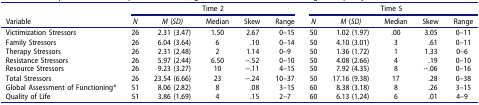
|  | <COLSPAN=5> Time 2 | <COLSPAN=5> Time 5 |
 | Variable | N | M (SD) | Median | Skew | Range | N | M (SD) | Median | Skew | Range |
 | --- | --- | --- | --- | --- | --- | --- | --- | --- | --- | --- |
 | Victimization Stressors | 26 | 2.31 (3.47) | 1.50 | 2.67 | 0–15 | 50 | 1.02 (1.97) | .00 | 3.05 | 0–11 |
 | Family Stressors | 26 | 6.04 (3.64) | 6 | .10 | 0–14 | 50 | 4.10 (3.01) | 3 | .61 | 0–11 |
 | Therapy Stressors | 26 | 2.31 (2.48) | 2 | 1.14 | 0–9 | 50 | 1.36 (1.72) | 1 | 1.33 | 0–6 |
 | Resistance Stressors | 26 | 5.97 (2.44) | 6.50 | −.52 | 0–10 | 50 | 4.08 (2.66) | 4 | .19 | 0–10 |
 | Resource Stressors | 26 | 9.23 (3.27) | 10 | −.11 | 4–15 | 50 | 7.92 (4.35) | 8 | −.06 | 0–16 |
 | Total Stressors | 26 | 23.54 (6.66) | 23 | −.24 | 10–37 | 50 | 17.16 (9.38) | 17 | .28 | 0–38 |
 | Global Assessment of Functioning* | 51 | 8.06 (2.82) | 8 | .08 | 3–15 | 60 | 8.38 (3.18) | 8 | .26 | 3–15 |
 | Quality of Life | 51 | 3.86 (1.69) | 4 | .15 | 2–7 | 60 | 6.13 (1.24) | 6 | .01 | 4–9 |